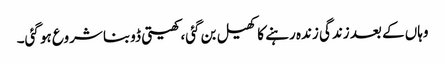
وہاں کے بعد زندگی زندہ رہنے کا کھیل بن گئی، کھیتی ڈوبنا شروع ہو گئی۔